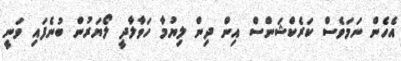
އެހެން ނަމަވެސް ކަރެކްޝަންސް އިން ދިން ލިޔުމާ ހަވާލާދީ ލޯޔަރުން ބުނެފައި ވަނީ